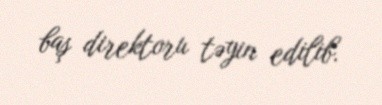
baş direktoru təyin edilib.